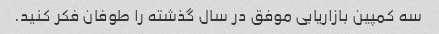
سه کمپین بازاریابی موفق در سال گذشته را طوفان فکر کنید.